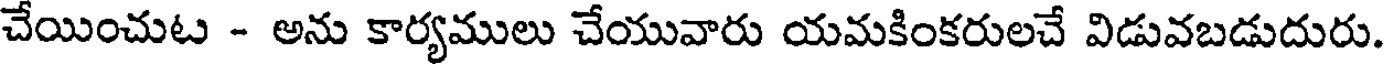
చేయించుట - అను కార్యములు చేయువారు యమకింకరులచే విడువబడుదురు.